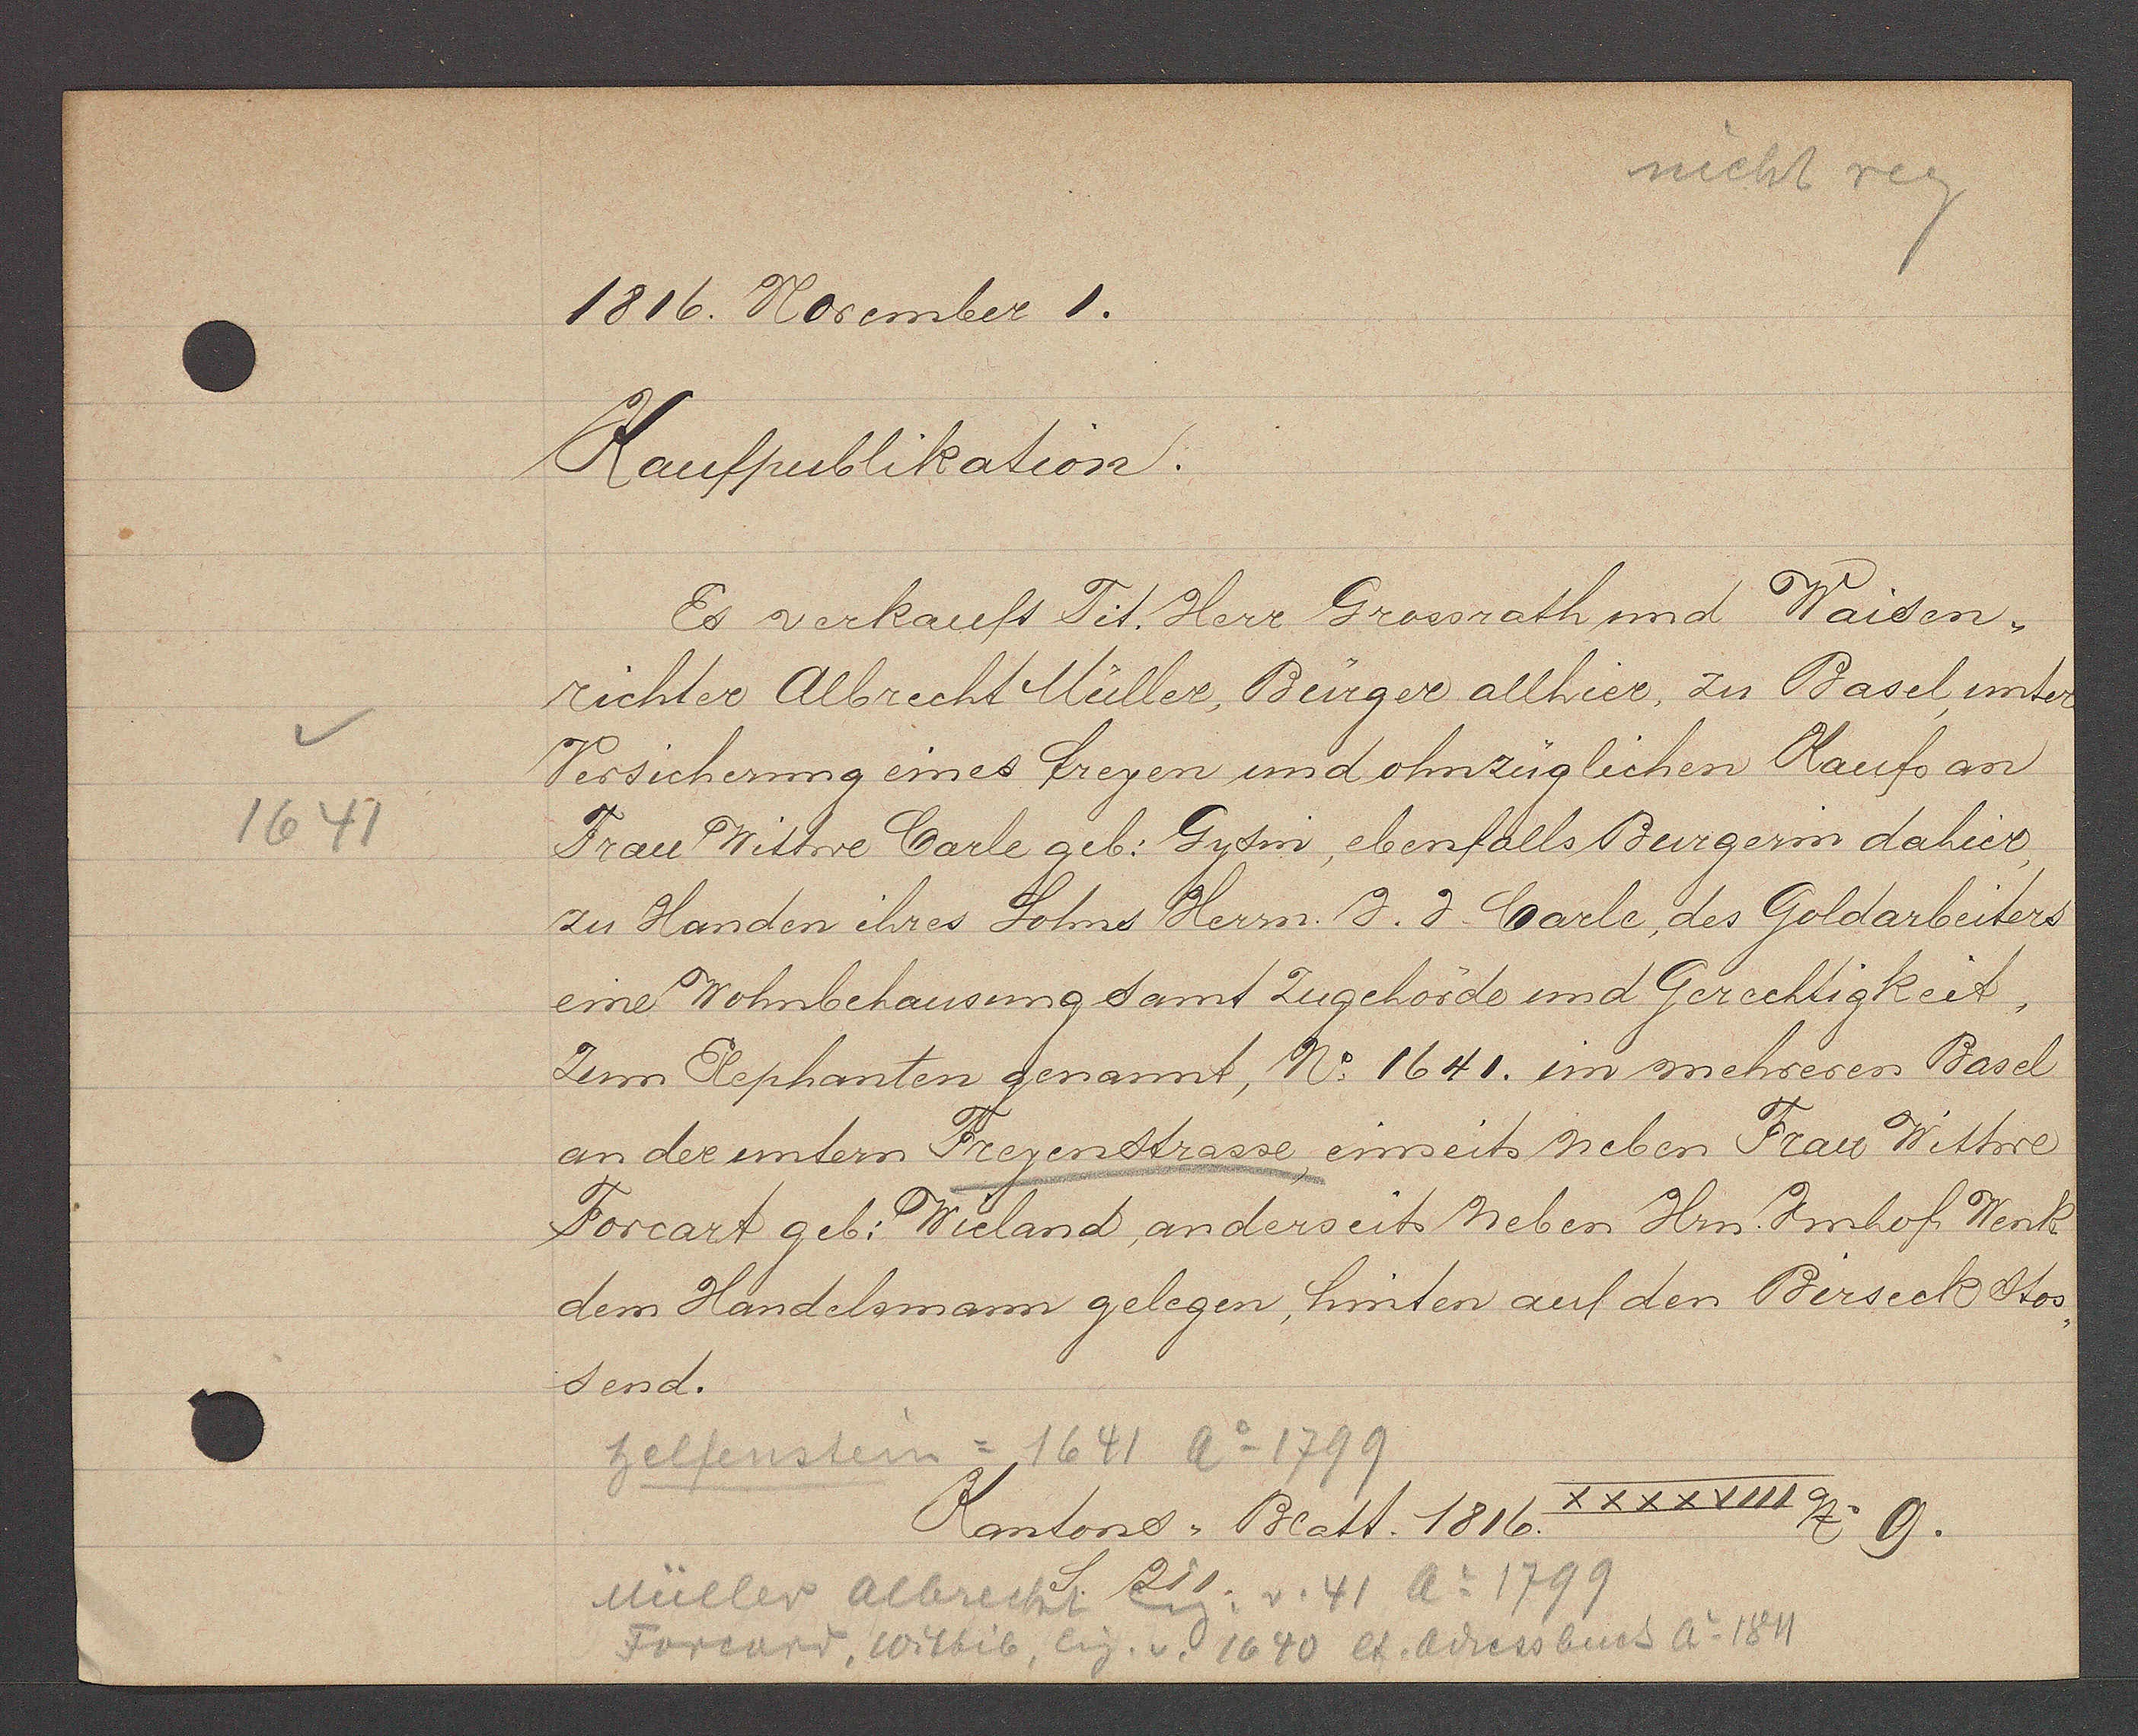
Transcript:
1641

1816. November 1.

Kaufpublikation.
Es verkauft Tit. Herr Grossrath und Waiden¬
richter Albrecht Müller, Bürger allhier, zu Basel, unter
Versicherung eines freyen und ohnzüglichen Kaufs an
Frau Wittwe Carle geb. Gysin, ebenfalls Burgerin dahier,
zu Handen ihres Sohnes Herrn J. J. Carle des Goldarbeiters
eine Wohnbehausung samt Zugehörde und Gerechtigkeit,
zum Elephanten genannt, No. 1641. im mehreren Basel

an der untern Freyenstrasse, einseits neben Frau Wittwe
Forcart geb: Wieland, anderseits neben Hrn Zinhof Wenk
dem Handelsmann gelegen, hinten auf den Birseck stos¬
send.
helfensten = 1641 Ao 1799
Müller albrecht Eig. v. 41 Ao 1799
Forcard, Wittib, Eig. v 1640 et. adressbuch ao 1811

Kantons Blatt. 1816
XXXXVIII No. 9.